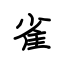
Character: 雀